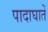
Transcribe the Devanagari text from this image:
पादाघातें